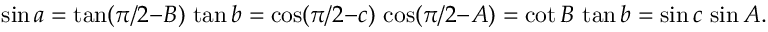
\sin a = \tan ( \pi / 2 { - } B ) \, \tan b = \cos ( \pi / 2 { - } c ) \, \cos ( \pi / 2 { - } A ) = \cot B \, \tan b = \sin c \, \sin A .